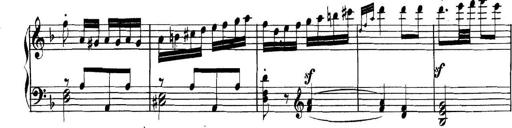
Title: Collected Piano Sonatas
Composer: Muzio Clementi